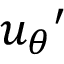
{ u _ { \theta } } ^ { \prime }